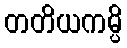
တတိယကမ္ပိ